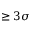
\geq 3 \sigma